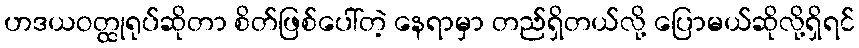
ဟဒယဝတ္ထုရုပ်ဆိုတာ စိတ်ဖြစ်ပေါ်တဲ့ နေရာမှာ တည်ရှိတယ်လို့ ပြောမယ်ဆိုလို့ရှိရင်